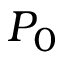
P _ { 0 }